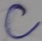
Text: C